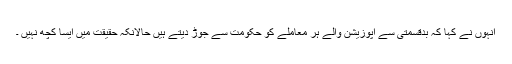
انہوں نے کہا کہ بدقسمتی سے اپوزیشن والے ہر معاملے کو حکومت سے جوڑ دیتے ہیں حالانکہ حقیقت میں ایسا کچھ نہیں ۔